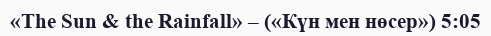
«The Sun & the Rainfall» – («Күн мен нөсер») 5:05